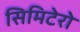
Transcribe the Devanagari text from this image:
सिमिटेरो